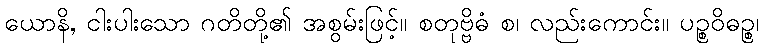
ယောနိ, ငါးပါးသော ဂတိတို့၏ အစွမ်းဖြင့်။ စတုဗ္ဗိဓံ စ၊ လည်းကောင်း။ ပဉ္စဝိဓဉ္စ၊